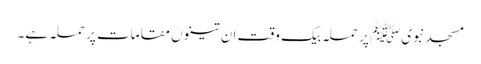
مسجدنبویﷺ پر حملہ بیک وقت ان تینوں مقامات پر حملہ ہے۔